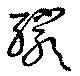
釅